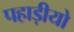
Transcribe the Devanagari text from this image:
पहाड़ीयो